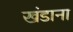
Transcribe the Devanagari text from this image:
खंडाना